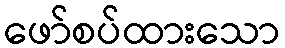
ဖော်စပ်ထားသော